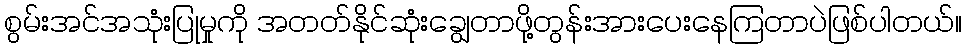
စွမ်းအင်အသုံးပြုမှုကို အတတ်နိုင်ဆုံးချွေတာဖို့တွန်းအားပေးနေကြတာပဲဖြစ်ပါတယ်။